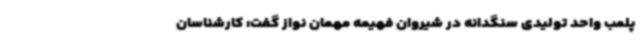
پلمب واحد تولیدی سنگدانه در شیروان فهیمه مهمان نواز گفت: کارشناسان